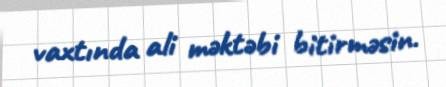
vaxtında ali məktəbi bitirməsin.